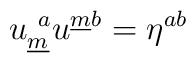
u^{~a}_{\underline{m}}u^{\underline{m}b} = \eta^{ab} \qquad